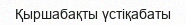
Қыршабақты үстіқабаты